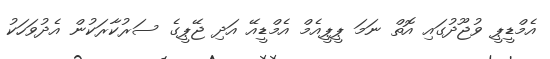
އެމްޑީޕީ ވުޖޫދުގައި އޮތް ނަމަ ޕީޕީއެމް އެމްޑީއޭ އަދި ޖޭޕީގެ ސަރުކާރަކުން އެދުވަހަކު